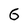
Character: 6